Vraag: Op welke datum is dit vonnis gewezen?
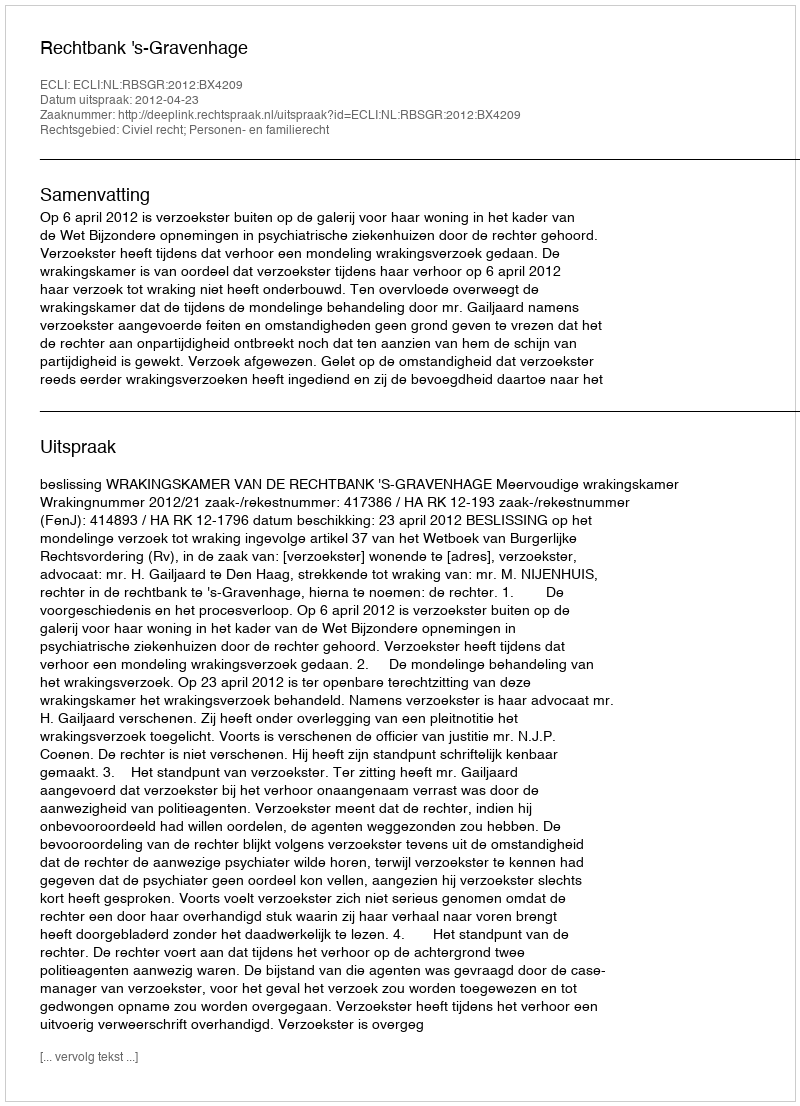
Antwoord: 2012-04-23